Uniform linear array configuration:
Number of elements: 48
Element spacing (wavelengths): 0.75
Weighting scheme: cosine
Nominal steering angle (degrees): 15
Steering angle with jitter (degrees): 16.415
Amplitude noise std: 0.05
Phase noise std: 0.05

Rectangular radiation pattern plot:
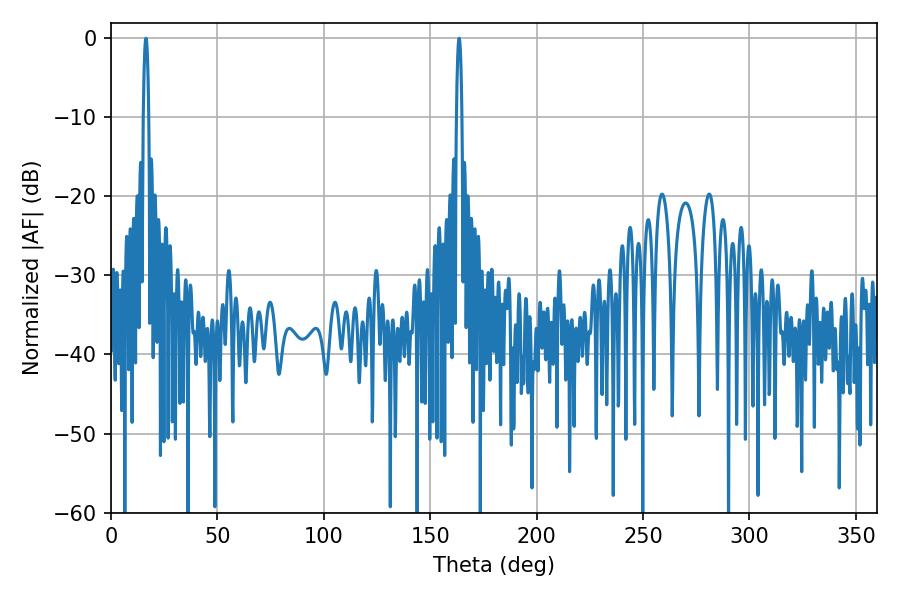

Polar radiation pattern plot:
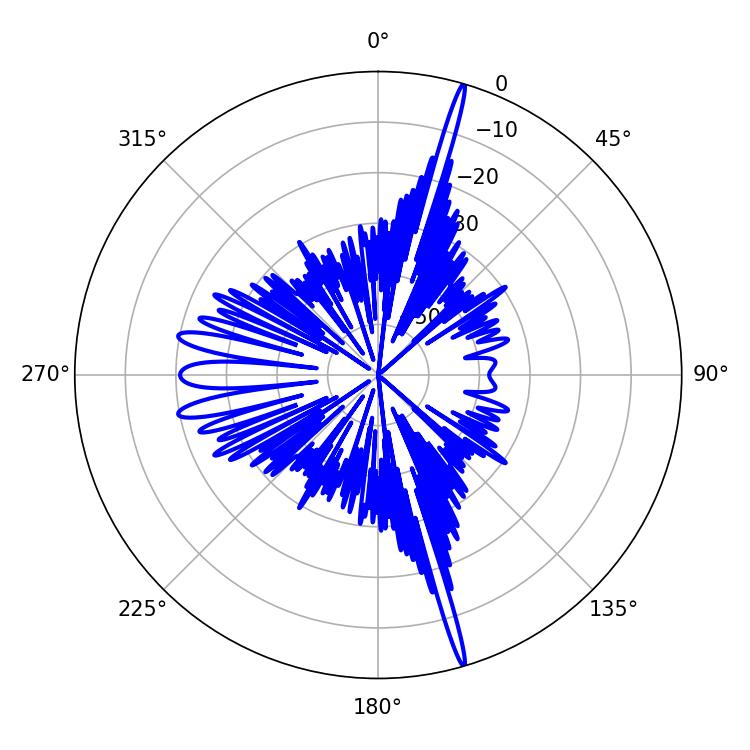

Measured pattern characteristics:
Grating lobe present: TRUE
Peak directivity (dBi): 21.819
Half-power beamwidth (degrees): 1.44
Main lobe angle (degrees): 16.38